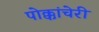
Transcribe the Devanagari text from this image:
पोक्कांचेरी